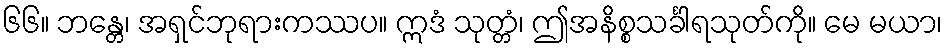
၆၆။ ဘန္တေ၊ အရှင်ဘုရားကဿပ။ ဣဒံ သုတ္တံ၊ ဤအနိစ္စသင်္ခါရသုတ်ကို။ မေ မယာ၊